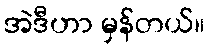
အဲဒီဟာ မှန်တယ်။